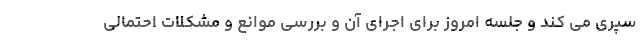
سپری می کند و جلسه امروز برای اجرای آن و بررسی موانع و مشکلات احتمالی